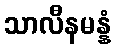
သာလီနမန္နံ